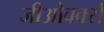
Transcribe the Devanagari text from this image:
जीओवर्क्स